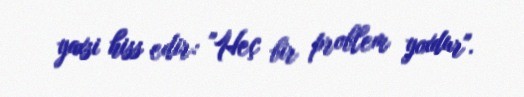
yaxsi hiss edir: "Heç bir problem yoxdur".